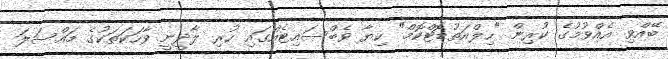
ބޭއްވި އެއްވުމުގެ ކުރިން "ހިލްއަތުޑޮޓްކޮމް" ކިޔާ ވެބްސައިޓެއްގައި ހުރި ލާދީނީ ވާހަކަތަކުގެ މައްސަލަ